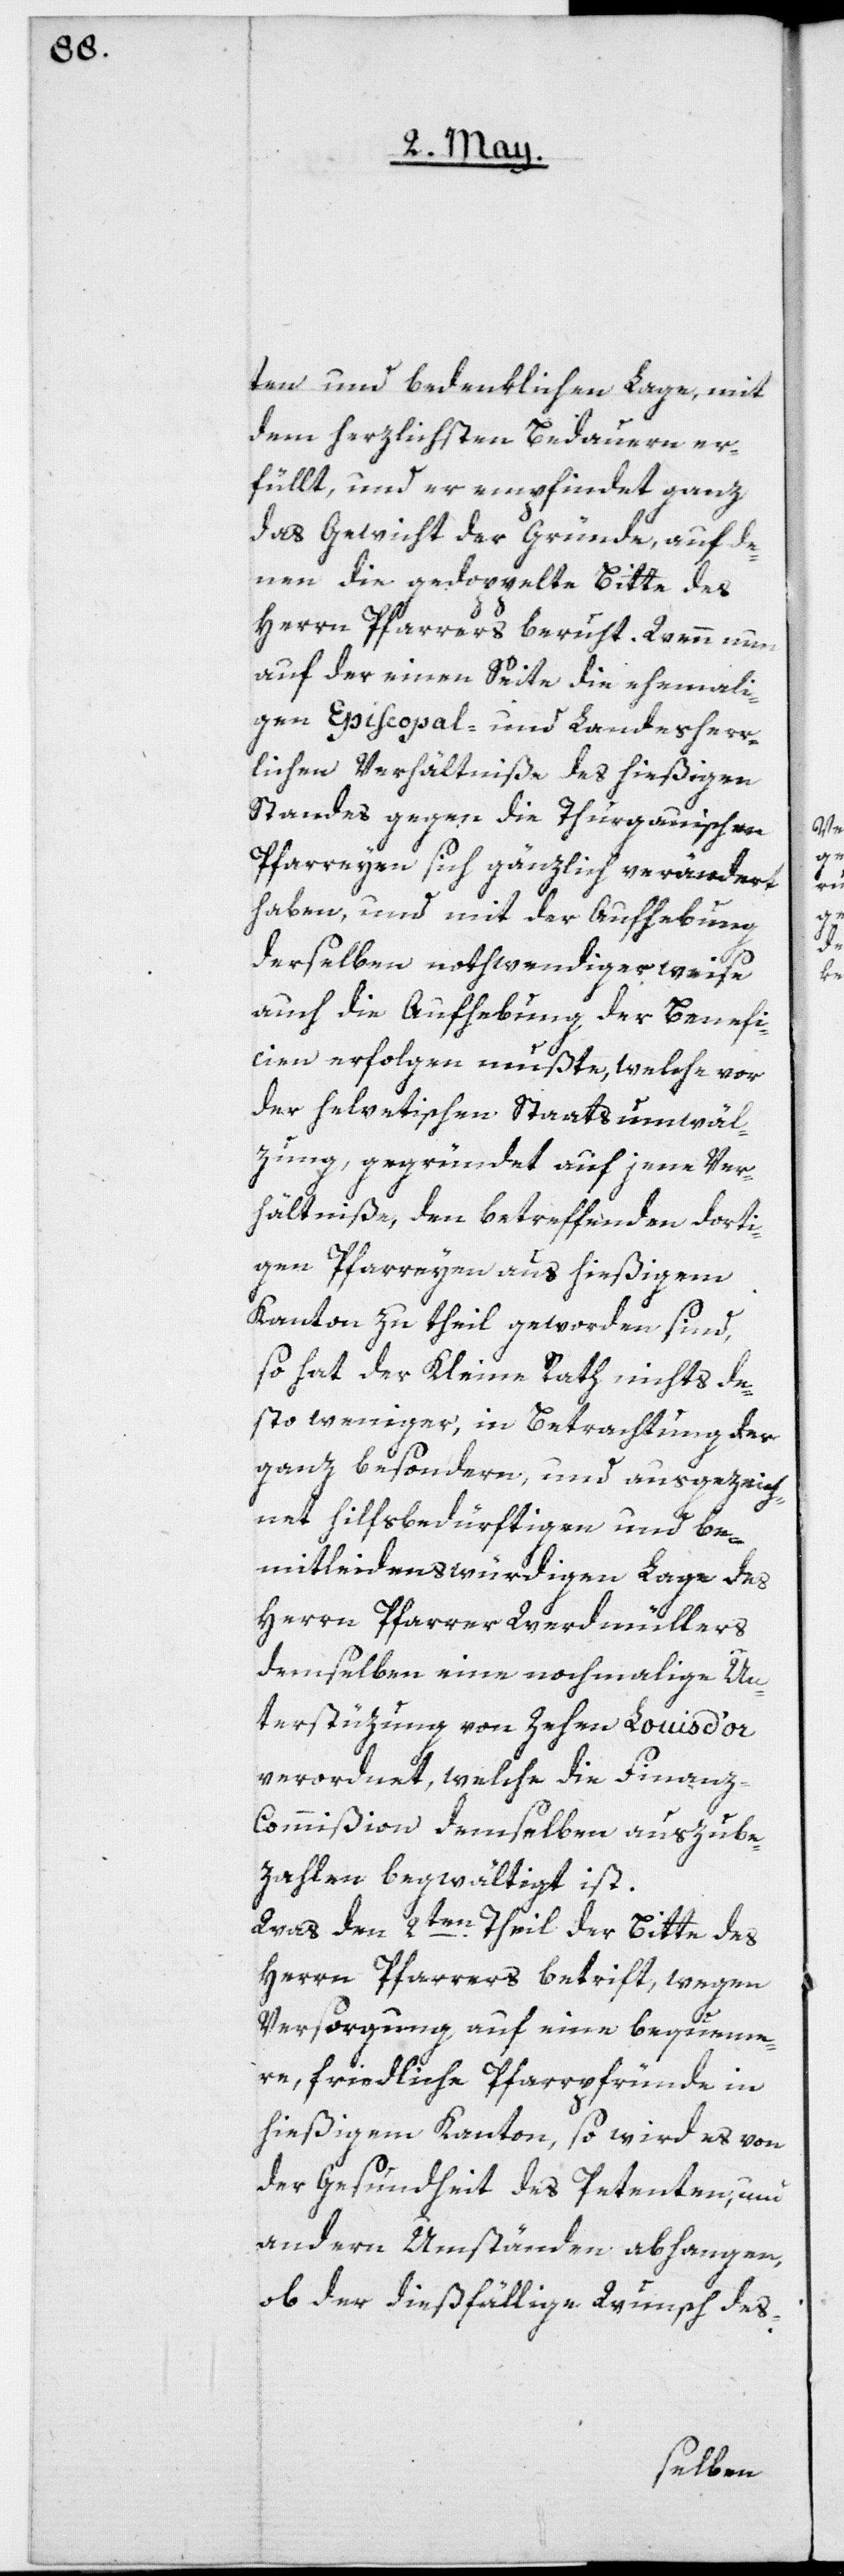
ten und bedenklichen Lage, mit
dem herzlichsten Bedauern er¬
füllt, und er empfindet ganz
das Gewicht der Gründe, auf de¬
nen die gedoppelte Bitte des
Herrn Pfarrers beruht. Wenn nun
gen episcopal- und Landesherr¬
lichen Verhältniße des hießigen
Standes gegen die Thurgauischen
Pfarreyen sich gänzlich verändert
haben, und mit der Aufhebung
derselben nothwendigerweise
auch die Aufhebung der Benefi¬
cien erfolgen mußte, welche vor
der helvetischen Staatsumwäl¬
zung, gegründet auf jene Ver¬
hältniße, den betreffenden dorti¬
gen Pfarreyen aus hießigem
Canton zu theil geworden sind,
so hat der Kleine Rath nichts de¬
sto weniger, in Betrachtung der
ganz besondern, und ausgezeich¬
net hilfsbedürftigen und be¬
mitleidenswürdigen Lage des
Herrn Pfarrer Werdmüllers
demselben eine nochmalige Un¬
terstüzung von Zehen Louis d’or
verordnet, welche die Finanz-C¬
ommißion demselben auszube¬
zahlen begwältigt ist.
Was den 2ten Theil der Bitte des
Herrn Pfarrers betrift, wegen
mali¬
Versorgung auf eine bequeme¬
re, friedliche Pfarrpfründe in
hießigem Kanton, so wird es von
der Gesundheit des Petenten, und
andern Umständen abhangen,
ob der dießfällige Wunsch des-